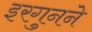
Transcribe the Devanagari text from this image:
इरगुनने